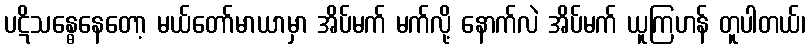
ပဋိသန္ဓေနေတော့ မယ်တော်မာယာမှာ အိပ်မက် မက်လို့ နောက်လဲ အိပ်မက် ယူကြဟန် တူပါတယ်၊